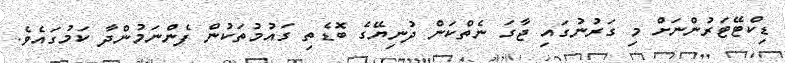
ޑިކްޓޭޓަރުންނަށް މި ގަރުނުގައި ޖާގަ ނެތްކަން ދުނިޔޭގެ ބޮޑެތި ގައުމުތަކުން ފެންނަމުންދާ ކަމުގައެވެ.